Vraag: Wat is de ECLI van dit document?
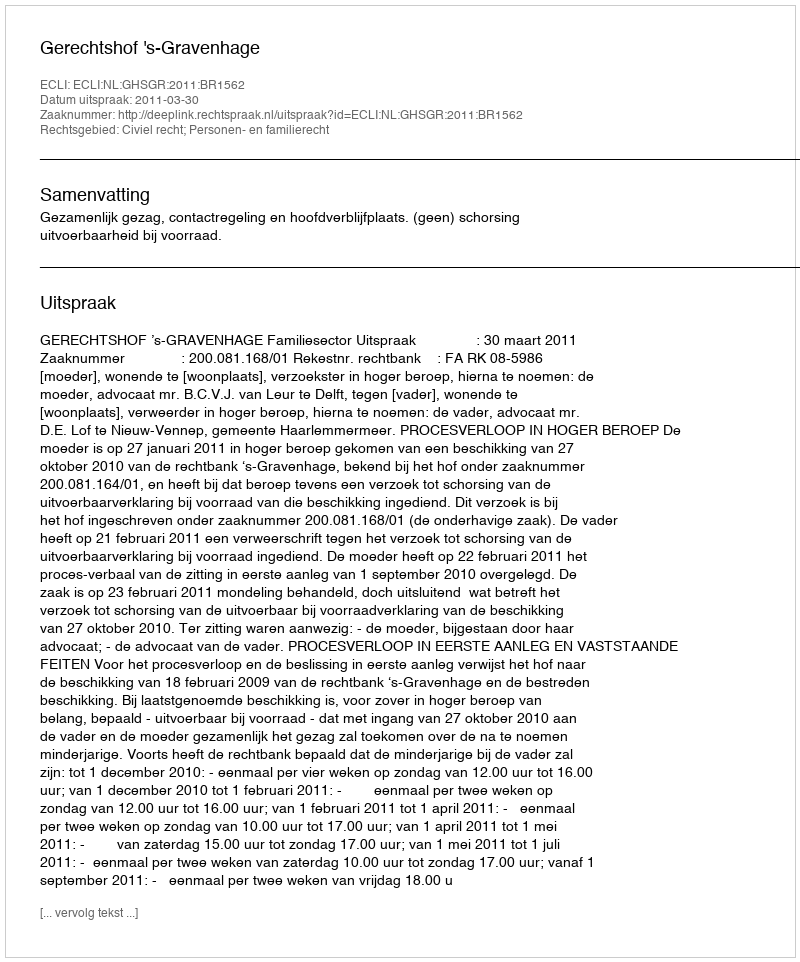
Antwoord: ECLI:NL:GHSGR:2011:BR1562